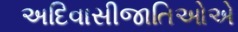
અદિવાસીજાતિઓએ